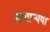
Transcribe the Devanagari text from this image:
सामान्यया